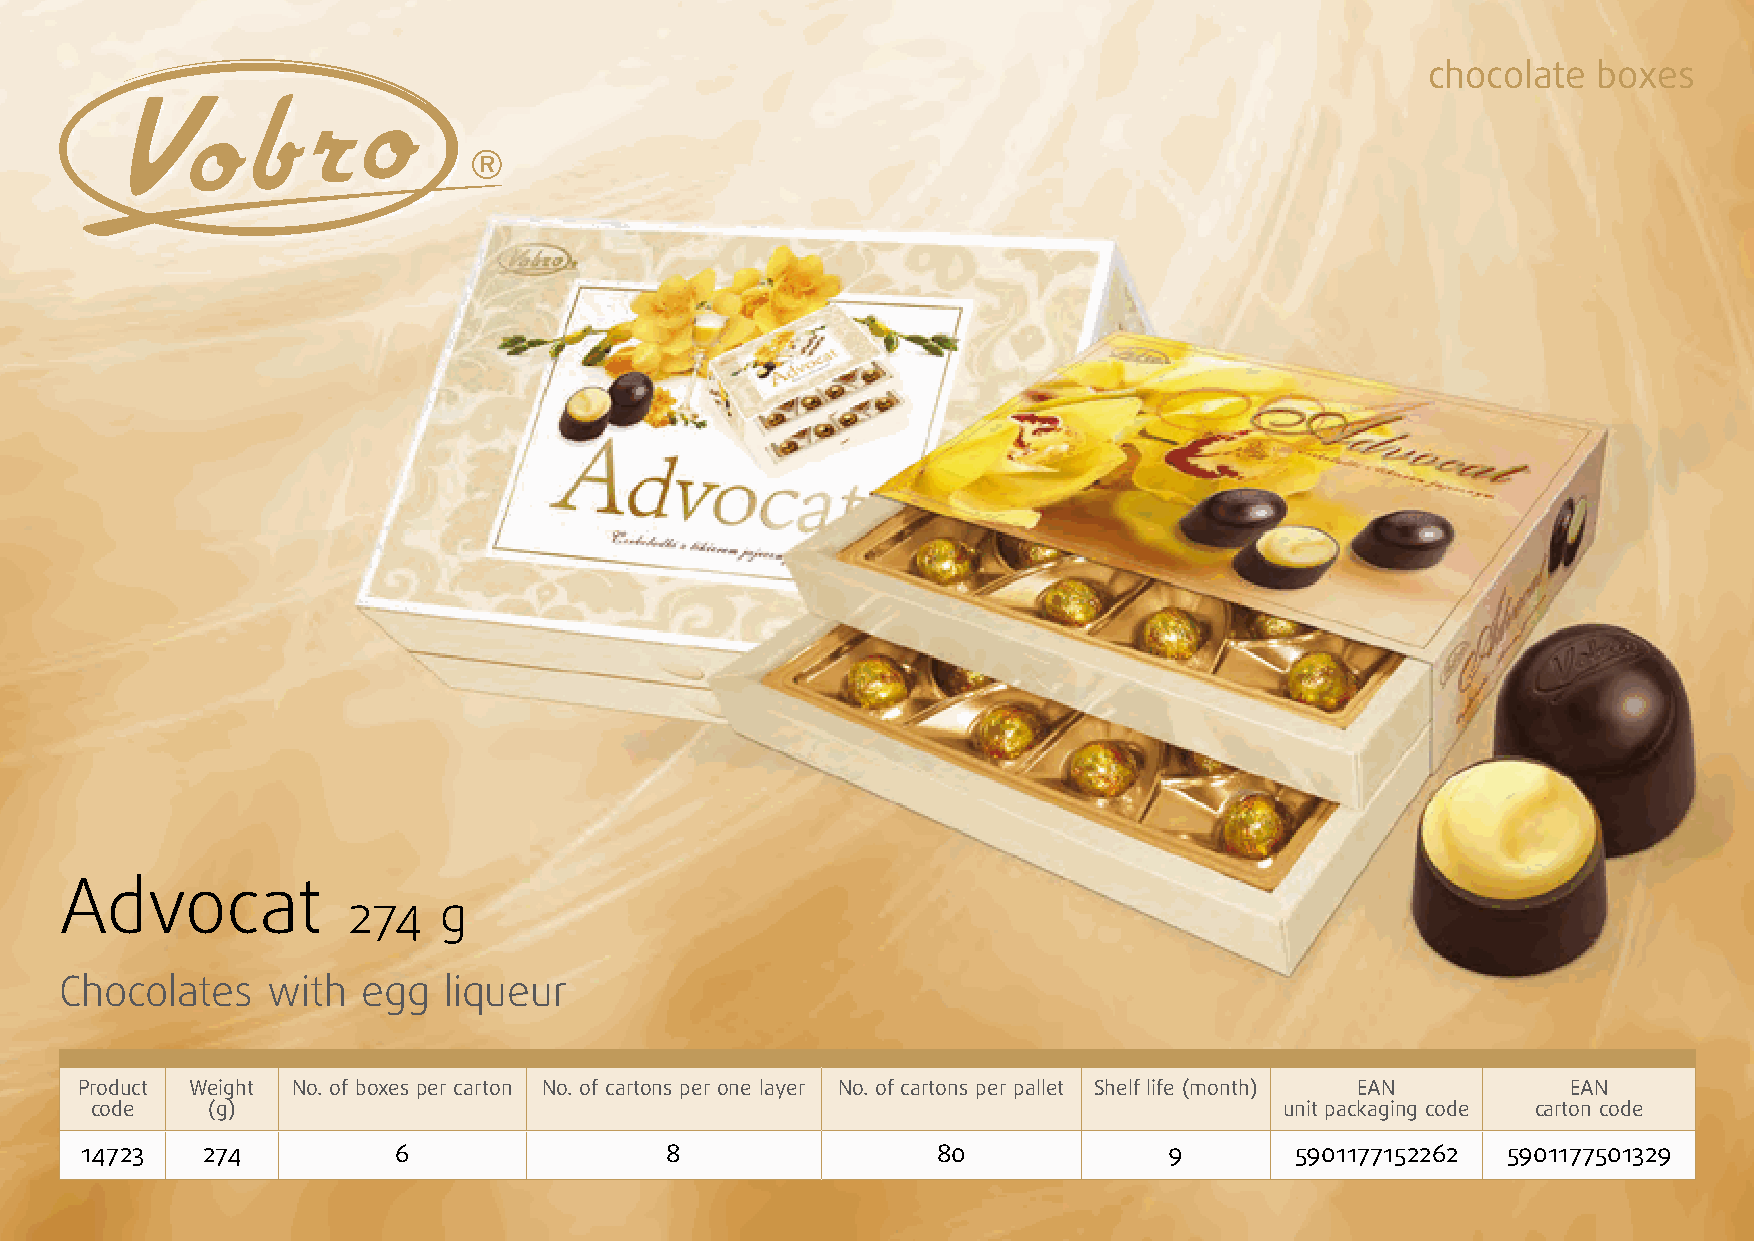
chocolate  boxes
 Advocat
 274   g
 Chocolates    with  egg  liqueur
 Product Weight No. of boxes per carton No. of cartons per one layer No. of cartons per pallet Shelf life (month) EAN EAN
 code    (g)                                                                    unit packaging code carton code
 14723   274          6                 8                 80             9        5901177152262 5901177501329